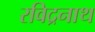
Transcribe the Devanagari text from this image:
रविद्रनाथ